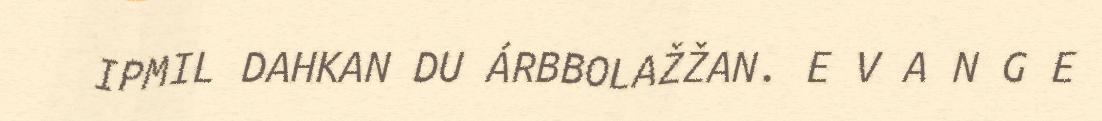
IPMIL DAHKAN DU ÁRBBOLAŽŽAN. E V A N G E